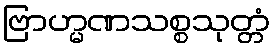
ဗြာဟ္မဏသစ္စသုတ္တံ